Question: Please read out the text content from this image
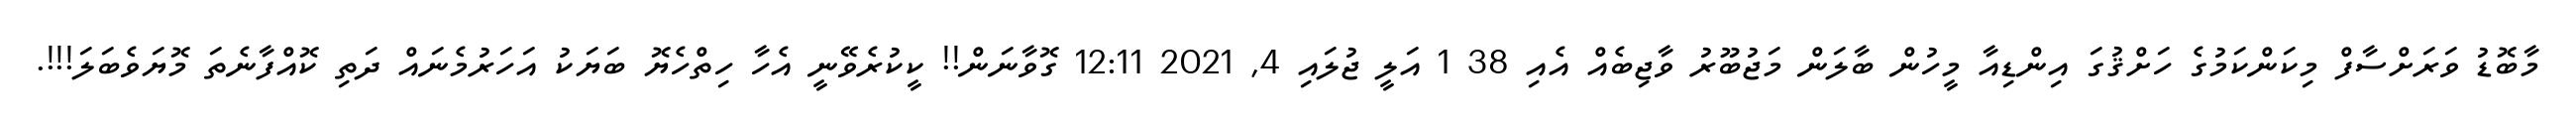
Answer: މާބޮޑު ވަރަށްސާފް މިކަންކަމުގެ ހަށްޤުގަ އިންޑިއާ މީހުން ބާލަން މަޖުބޫރު ވާޖިބެއް އެއި 38 1 އަލީ ޖުލައި 4, 2021 12:11 ގޮވާނަން!! ކީކުރެވޭނީ އެހާ ހިތްހެޔޮ ބަޔަކު އަހަރުމެނައް ދަތި ކޮއްފާނެތަ މޮޔަވެބަލަ!!!.